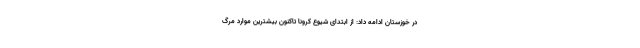
در خوزستان ادامه داد: از ابتدای شیوع کرونا تاکنون بیشترین موارد مرگ